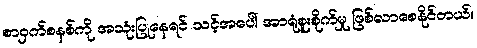
စာဝှက်စနစ်ကို အသုံးပြုနေရင် သင့်အပေါ် အာရုံစူးစိုက်မှု ဖြစ်လာစေနိုင်တယ်။